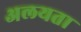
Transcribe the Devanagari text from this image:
अलयता